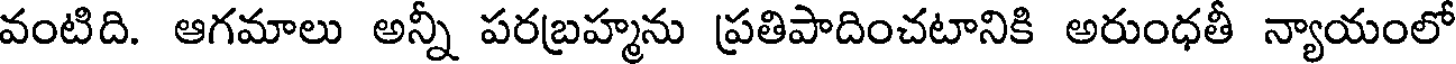
వంటిది. ఆగమాలు అన్నీ పరబ్రహ్మను ప్రతిపాదించటానికి అరుంధతీ న్యాయంలో